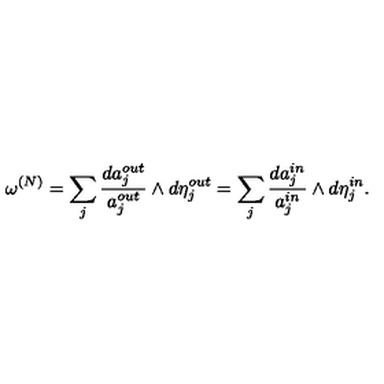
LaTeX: \omega \sp { ( N ) } = \sum _ { j } \frac { d a _ { j } \sp { o u t } } { a _ { j } \sp { o u t } } \wedge d \eta _ { j } \sp { o u t } = \sum _ { j } \frac { d a _ { j } \sp { i n } } { a _ { j } \sp { i n } } \wedge d \eta _ { j } \sp { i n } .